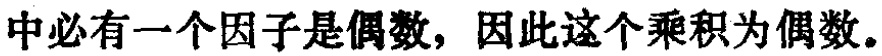
中必有一个因子是偶数, 因此这个乘积为偶数.